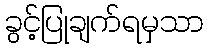
ခွင့်ပြုချက်ရမှသာ